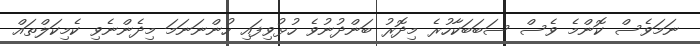
ނަމަވެސް ކޮންމެ ވެސް ސަބަބަކާހުރެ މިދޮރު ބަންދުނުވެ ހުޅުވިފައި ހުންނަނަމަ މިދެންނެވި ކެމިކަލްތައް